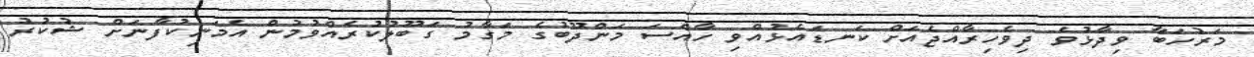
މަރުހަބާ ވިދާޅުވެ ދިވެހިރާއްޖެއަށް ކަނޑައެޅުއްވި ހާއްސަ މަންދޫބުގެ މަގާމު ގަބޫލުކުރެއްވުމުން އެމަނިކުފާނަށް ޝުކުރު